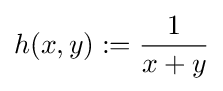
h(x,y):={\frac {1}{x+y}}